Lunatic asylums Bombay report 1878-1890 - 1878-1890
Year: 1878
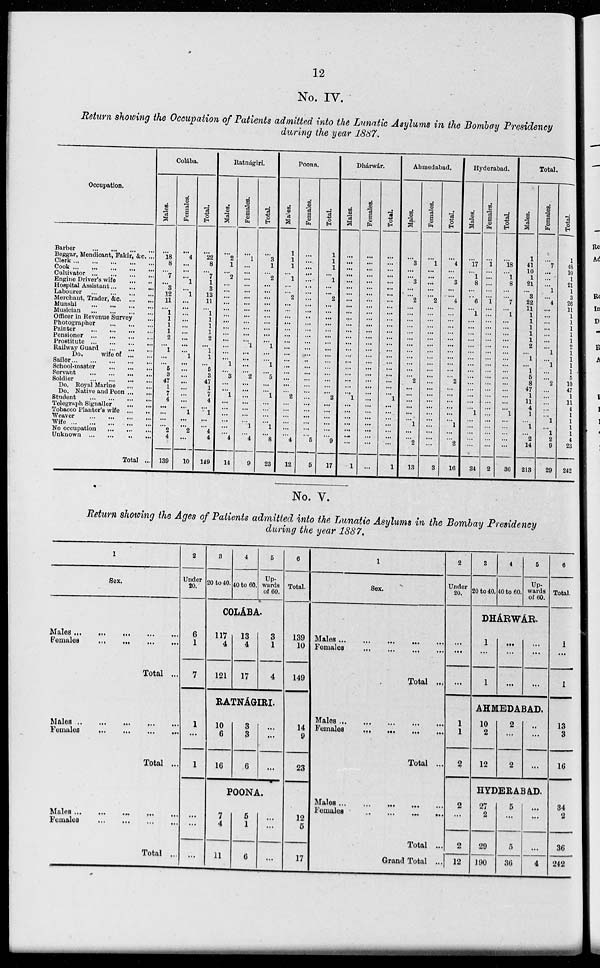
12
No. IV.
Return showing the Occupation of Patients admitted into the Lunatic Asylums in the Bombay Presidency
during the year 1887.
Occupation.
Barber
...
...
...
...
Beggar. Mendicant, Fakir. &c. ...
Clerk ... ... ... ...
Cook ... ... ... ...
Cultivator
...
...
...
...
Engine Driver's wife
... ...
Hospital Assistant ... ... ...
Labourer
...
...
...
...
Merchant, Trader, &c.... ...
Munsh...
...
...
...
Musician
...
...
...
...
Officer in Revenue Survey ...
Photographer...
...
...
...
Painter
...
...
...
...
Pensioner
...
...
...
...
Prostitute...
...
...
...
Railway Guard ... ... ... ...
Do.
wife of ... ...
Sailor...
...
...
...
School-master ... ... ...
Servant
...
...
...
...
Soldier
...
...
...
...
Do. Royal Marine ... ...
Do. Native and Peon... ...
Student...
...
...
...
Telegraph Signaller... ...
Tobacco Planter's wife... ...
Weaver ... ... ... ...
Wife... ... ... ...
No occupation ... ... ...
Unknown ... ... ... ...
Total ...
Colába.
Males.
...
l8
8
... 7
... 3
12
11
... 1
1
1
1
2
... 1
...
... 5
3
47
1
7
4
...
... ...
... 2
4
139
Females.
...
4
...
...
...
1
... 1
...
...
...
...
...
...
...
...
... l
...
...
...
...
...
...
...
...
1
...
... 2
...
10
Total.
...
22
8
... 7
1
3
13
11
... 1
1
1
1
2
... 1
1
...
5 3
47
1
7
4
...
1
...
... 4
4
149
Ratnágiri.
Males.
...
2
1
... 2
...
...
...
...
... ...
...
...
...
...
...
...
... 1
... 3
...
... 1
...
...
... ...
...
... 4
14
Females.
...
1
...
...
...
...
...
...
...
...
...
...
...
...
... 1
...
...
...
... 2
...
...
... ...
...
... ... l
... 4
9
Total.
...
3
1
... 2
...
...
...
...
...
...
...
...
...
... l
...
... l
... 5
...
... 1
...
...
... ... l
... 8
23
Poona.
Males.
1
1
1
... l
...
... 2
...
...
...
...
...
...
...
...
...
...
...
...
...
...
... 2
...
...
... ...
...
... 4
12
Females.
...
...
...
...
...
...
...
...
...
... ...
...
...
...
...
...
...
...
...
...
...
...
...
...
...
...
... ...
...
... 5
5
Total.
1
1
1
... 1
...
... 2
...
...
...
...
...
...
...
...
...
...
...
...
...
...
... 2
...
...
... ...
...
... 9
17
Dhárwár.
Males.
...
...
...
...
...
...
...
...
...
...
...
...
...
...
...
...
...
...
...
...
...
...
... 1
...
...
... ...
...
...
...
1
Females.
...
...
...
...
...
...
...
...
...
...
...
...
...
...
...
...
...
...
...
...
...
...
...
...
...
...
... ...
... ...
...
...
Total.
...
...
...
...
...
...
...
...
...
...
...
...
...
...
...
...
...
...
...
...
...
...
... 1
...
...
... ...
...
...
...
1
Ahmedabad.
Males.
...
3
...
... 3
...
... 2
...
...
...
...
...
...
...
...
...
...
...
... 2
...
...
...
... ...
...
1
...
... 2
13
Females.
...
l
...
...
...
...
... 2
...
...
...
...
...
...
...
...
...
...
...
...
...
...
...
...
...
...
... ...
...
...
...
3
Total.
...
4
...
... 3
...
... 4
...
...
...
...
...
...
...
...
...
...
...
... 2
...
...
...
...
...
... 1
...
... 2
16
Hyderabad.
Males.
...
l7
... l
8
...
...
6
... 1
...
...
...
...
...
...
...
...
...
...
...
...
...
...
...
1
... ...
...
...
...
34
Females.
...
1
...
...
...
...
...
1
...
...
...
...
...
...
...
...
...
...
...
...
...
...
...
...
...
...
...
...
...
...
2
Total.
...
l8
... 1
8
...
...
7
... 1
...
...
...
...
...
...
...
...
...
...
...
...
...
...
... 1
... ...
... ...
...
36
Total.
Males.
1
41
10
1
21
... 3
22
11
...
...
...
...
... 2
... 1
... 1
5
8
47
1
11
4
1
... 1
... 2
14
213
Females.
...
7
...
...
... 1
... 4
...
...
...
...
...
...
... 1
... 1
...
... 2
...
...
...
...
...
1
... 1
2
9
29
Total.
1
48
10
1
21
1
3
26
11
...
...
...
...
...
2
1
1
1
...
...
10
47
1
11
...
1
1 1
1 4
23
242
No. V.
Return showing the Ages of Patients admitted into the Lunatic Asylums in the Bombay Presidency
during the year 1887.
1
Sex.
Males ... ... ... ... ...
Females... ... ... ...
Total ...
Males... ... ... ...
Females ... ... ... ...
Total ...
Males... ... ... ...
Females... ... ... ...
Total ...
2
Under
20.
3
20 to 40.
4
40 to 60.
5
Up¬
wards
of 60
6
Total.
COLÁBA.
6
1
7
117
4
121
13
4
17
3
1
4
139
10
149
RATNÁGIRI.
1
...
1
10
6
16
3
3
6
...
...
...
14
9
23
POONA.
...
...
...
7
4
11
5
1
6
...
...
...
12
5
17
1
Sex.
Males... ... ... ...
Females... ... ... ...
Total ...
Males ... ... ... ... ...
Females... ... ... ...
Total ...
Males... ... ... ...
Females ... ... ... ...
Total ...
Grand Total ...
2
Under
20.
3
20 to 40.
4
40 to 60.
5
Up¬
wards
of 60.
6
Total.
DHÁRWÁR.
...
...
...
1
...
1
...
...
...
...
...
...
1
...
1
AHMEDABAD.
1
1
2
10
2
12
2
...
2
..
...
...
13
3
16
HYDERABAD.
2
...
2
12
27
2
29
190
5
...
5
36
...
...
...
4
34
2
36
242